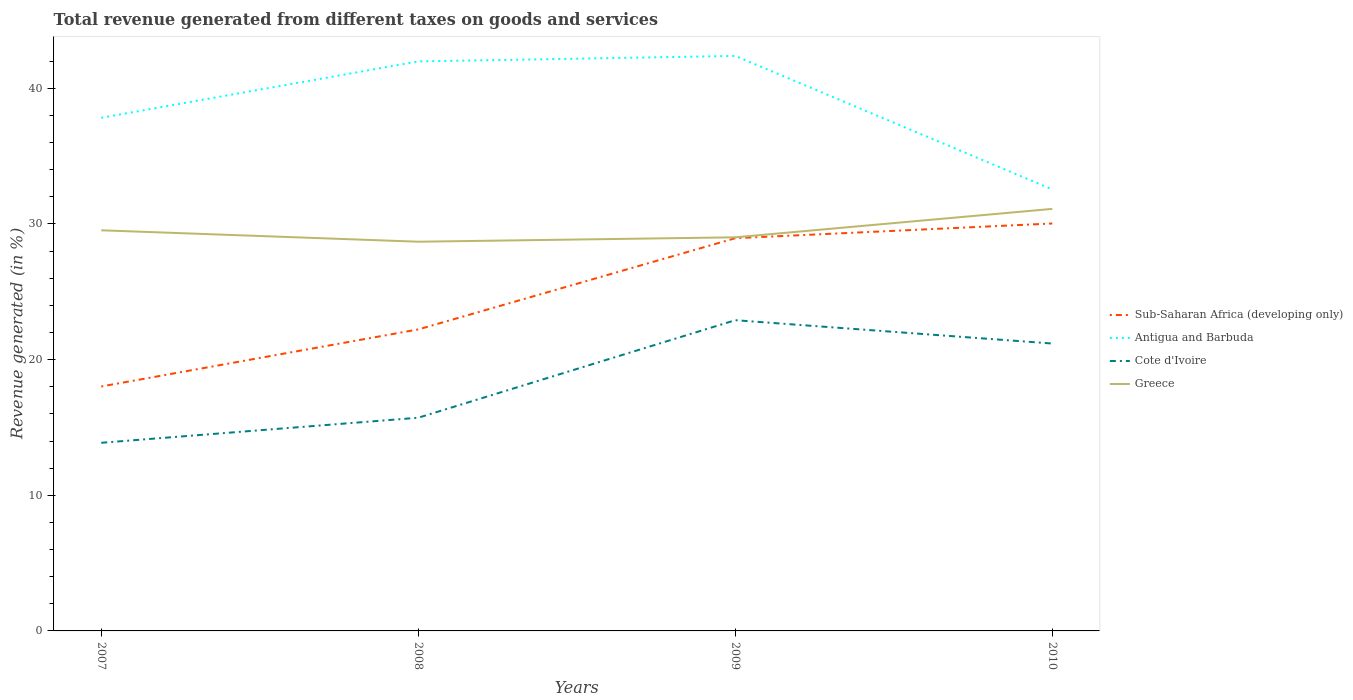
| Years | Sub-Saharan Africa (developing only) | Antigua and Barbuda | Cote d'Ivoire | Greece |
 | --- | --- | --- | --- | --- |
 | 2007 | 18 | 37.8 | 13.9 | 29.5 |
 | 2008 | 22.2 | 42 | 15.7 | 28.7 |
 | 2009 | 29 | 42.4 | 22.9 | 29 |
 | 2010 | 30 | 32.5 | 21.2 | 31.1 |